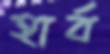
হার্ব